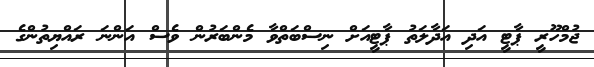
ޖުމްހޫރީ ޕާޓީ އަދި އަދާލަތު ޕާޓީއަށް ނިސްބަތްވާ މެންބަރުން ވެސް އަންނަ ރައްޔިތުންގެ